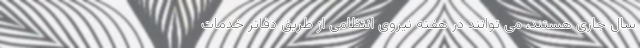
سال جاری هستند، می توانند در هفته نیروی انتظامی از طریق دفاتر خدمات